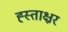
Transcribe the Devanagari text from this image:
ह्स्ताक्ष्रर